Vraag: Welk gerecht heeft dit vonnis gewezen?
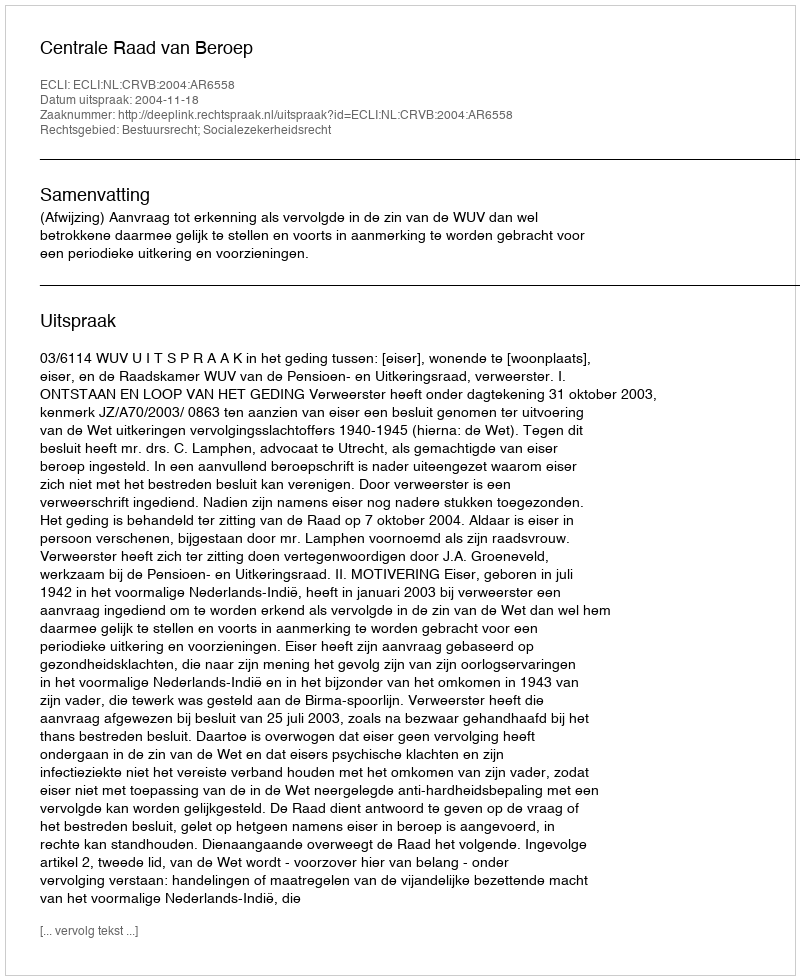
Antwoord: Centrale Raad van Beroep